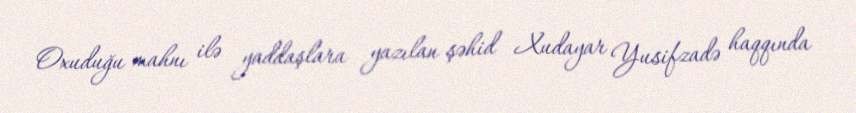
Oxuduğu mahnı ilə yaddaşlara yazılan şəhid Xudayar Yusifzadə haqqında